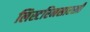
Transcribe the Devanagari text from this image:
लिस्टरिनसारखी